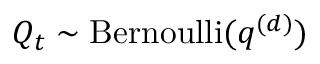
Q _ { t } \sim \mathrm { B e r n o u l l i } ( q ^ { ( d ) } )